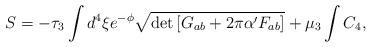
LaTeX: \begin{align*}S = - \tau_3 \int d^4 \xi e^{-\phi} \sqrt{\det \left[ G_{ab} + 2\pi \alpha' F_{ab}\right]} + \mu_3 \int C_4,\end{align*}